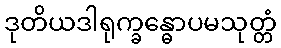
ဒုတိယဒါရုက္ခန္ဓောပမသုတ္တံ